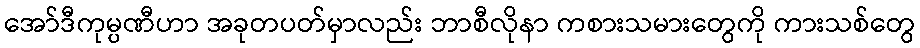
အော်ဒီကုမ္ပဏီဟာ အခုတပတ်မှာလည်း ဘာစီလိုနာ ကစားသမားတွေကို ကားသစ်တွေ